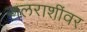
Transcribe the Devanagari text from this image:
जलराशींवर